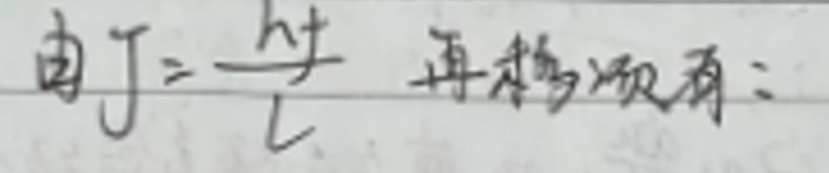
由$J = \frac{h\nu}{c}$ 再移项有：